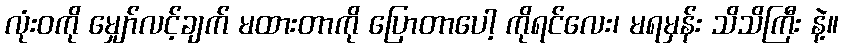
လုံးဝကို မျှော်လင့်ချက် မထားတာကို ပြောတာပေါ့ ကိုရင်လေး၊ မရမှန်း သိသိကြီး နဲ့။